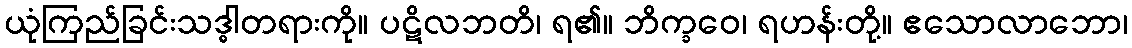
ယုံကြည်ခြင်းသဒ္ဓါတရားကို။ ပဋိလဘတိ၊ ရ၏။ ဘိက္ခဝေ၊ ရဟန်းတို့။ ဧသောလာဘော၊